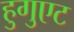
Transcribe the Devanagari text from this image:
हुगुएट